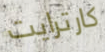
كارترايت